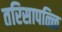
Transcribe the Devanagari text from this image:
तरिसापळ्ळि